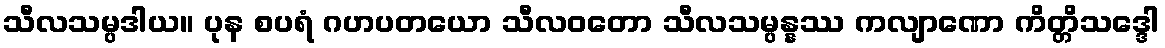
သီလသမ္ပဒါယ။ ပုန စပရံ ဂဟပတယော သီလဝတော သီလသမ္ပန္နဿ ကလျာဏော ကိတ္တိသဒ္ဒေါ